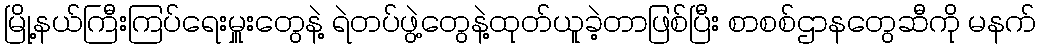
မြို့နယ်ကြီးကြပ်ရေးမှူးတွေနဲ့ ရဲတပ်ဖွဲ့တွေနဲ့ထုတ်ယူခဲ့တာဖြစ်ပြီး စာစစ်ဌာနတွေဆီကို မနက်